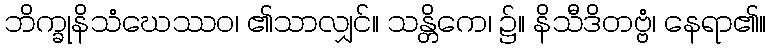
ဘိက္ခုနိသံဃေဿဝ၊ ၏သာလျှင်။ သန္တိကေ၊ ၌။ နိသီဒိတဗ္ဗံ၊ နေရာ၏။